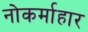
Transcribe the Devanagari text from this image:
नोकर्माहार